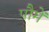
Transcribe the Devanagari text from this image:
पौमें